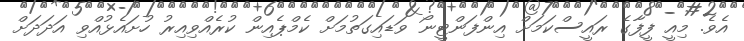
އެވެ. މިއީ ފީފާގެ ރައީސްކަމަށް އިންފަންޓީނޯ ވަޑައިގަތުމަށް ކެމްޕެއިން ކުރެއްވިއިރު ހުށައެޅުއްވި އަދަދަށް